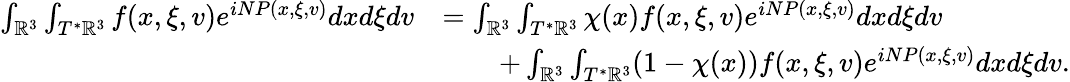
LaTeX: \begin{array}{rl}{\int_{\mathbb{R}^{3}}\int_{T^{*}\mathbb{R}^{3}}f(x,\xi,v)e^{iNP(x,\xi,v)}dxd\xi dv}&{=\int_{\mathbb{R}^{3}}\int_{T^{*}\mathbb{R}^{3}}\chi(x)f(x,\xi,v)e^{iNP(x,\xi,v)}dxd\xi dv}\\ &{\qquad+\int_{\mathbb{R}^{3}}\int_{T^{*}\mathbb{R}^{3}}(1-\chi(x))f(x,\xi,v)e^{iNP(x,\xi,v)}dxd\xi dv.}\end{array}